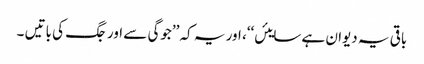
باقی یہ دیوان ہے سایئں‘‘، اور یہ کہ ’’جوگی سے اور جگ کی باتیں ۔